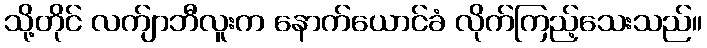
သို့တိုင် လက်ျာဘီလူးက နောက်ယောင်ခံ လိုက်ကြည့်သေးသည်။